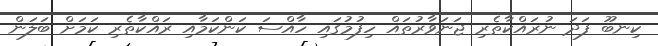
ކިނބޫ ފަދަ ނުރައްކާތެރި ޖަނަވާރުތައް ހިފުމުގައި ހާއްސަ ކަންކަމާއި ރައްކާތެރި ކަމަށް ބަލަން